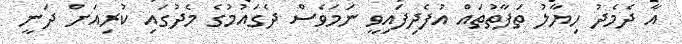
އާ ދެމެދު ހިޔާލު ތަފާތުތައް އުފެދިފައިވީ ނަމަވެސް ދެގައުމުގެ މެދުގައި ކުރިއަށް ދަނީ